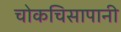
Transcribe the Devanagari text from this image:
चोकचिसापानी